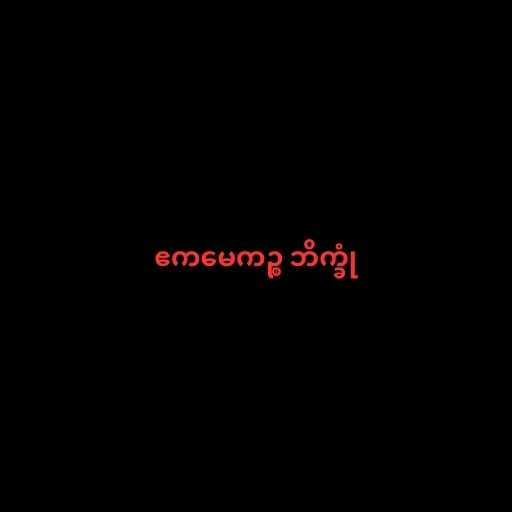
ဧကမေကဉ္စ ဘိက္ခုံ